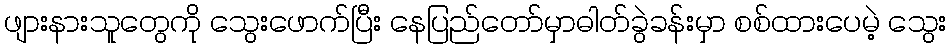
ဖျားနားသူတွေကို သွေးဖောက်ပြီး နေပြည်တော်မှာဓါတ်ခွဲခန်းမှာ စစ်ထားပေမဲ့ သွေး